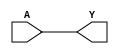
module BUFX4(A, Y);
input A;
output Y;
buf(Y, A);
endmodule